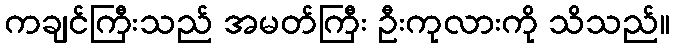
ကချင်ကြီးသည် အမတ်ကြီး ဦးကုလားကို သိသည်။